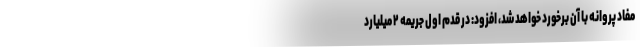
مفاد پروانه با آن برخورد خواهد شد، افزود: در قدم اول جریمه ۲ میلیارد